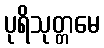
ပုရိသုတ္တမေ